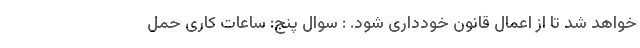
خواهد شد تا از اعمال قانون خودداری شود. : سوال پنج: ساعات کاری حمل